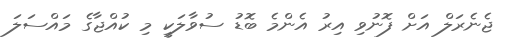
ޖެނެރަލް އަށް ފޮނުވި އިރު އެންމެ ބޮޑު ސުވާލަކީ މި ކުއްޖާގެ މައްސަލަ